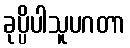
ခုပ္ပိပါသူပဂတာ